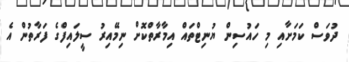
ދުވަސް ކަމަށާއި މި ހައުސިން ޔުނިޓްތައް އިމާރާތްކޮށް ނިމޭއިރު ސީލައިފްގެ ފަރާތުން އެ